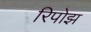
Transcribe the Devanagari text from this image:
रिपोझ